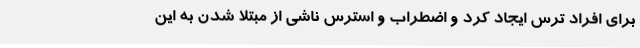
برای افراد ترس ایجاد کرد و اضطراب و استرس ناشی از مبتلا شدن به این